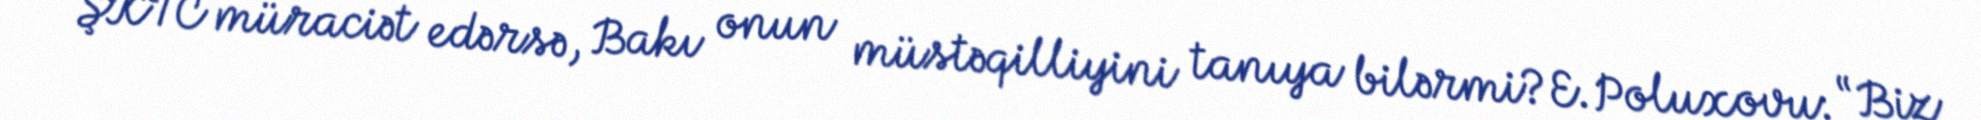
ŞKTC müraciət edərsə, Bakı onun müstəqilliyini tanıya bilərmi?E.Poluxovu: “Biz